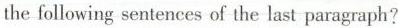
the following sentences of the last paragraph?